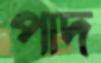
পাদ